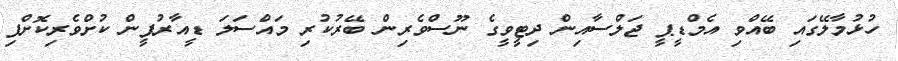
ހުޅުމާލޭގައި ބޭއްވި އެމްޑީޕީ ޖަލްސާއިން ދިޓީވީގެ ނޫސްވެރިން ބޭރުކުރި މައްސަލަ ޑީއާރުޕީން ކުށްވެރިކޮށްފި